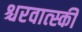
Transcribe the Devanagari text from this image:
श्चरवात्स्की